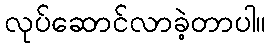
လုပ်ဆောင်လာခဲ့တာပါ။